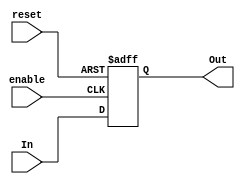
`timescale 1ns / 1ps

(* DONT_TOUCH = "true | yes " *)
module DFF(In, enable, reset, Out);
    input In, enable, reset;
    output Out;
    
    (* dont_touch = "true" *) reg Out;
    (* dont_touch = "true" *) wire In, enable, reset;

    always@(posedge enable or posedge reset)begin
        if(reset)
            Out=1'b0;
        else
            Out=In;
    end
endmodule